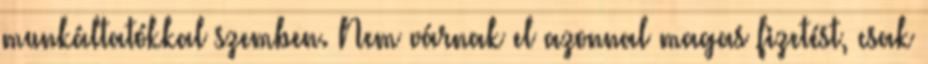
munkáltatókkal szemben. Nem várnak el azonnal magas fizetést, csak